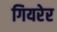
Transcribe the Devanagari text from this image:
गियरेर